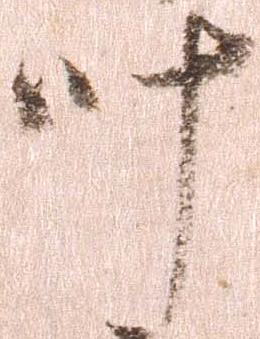
叶